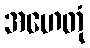
အဟေတုံ